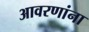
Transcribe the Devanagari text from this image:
आवरणांना